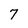
Character: 7